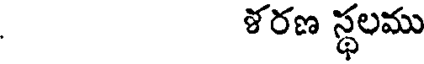
శరణ స్థలము